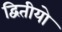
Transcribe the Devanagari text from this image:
द्वितीयो